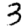
Digit: 3